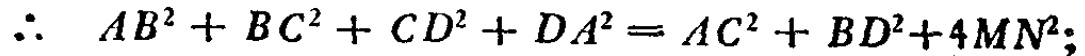
\(\therefore\ AB^{2}+BC^{2}+CD^{2}+DA^{2}=AC^{2}+BD^{2}+4MN^{2};\)